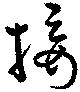
接